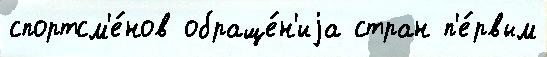
спортсм'е́нов обраще́н'иjа стран п'е́рвым